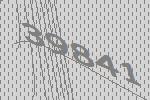
39841